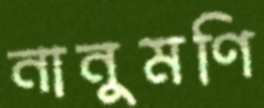
নানুমণি